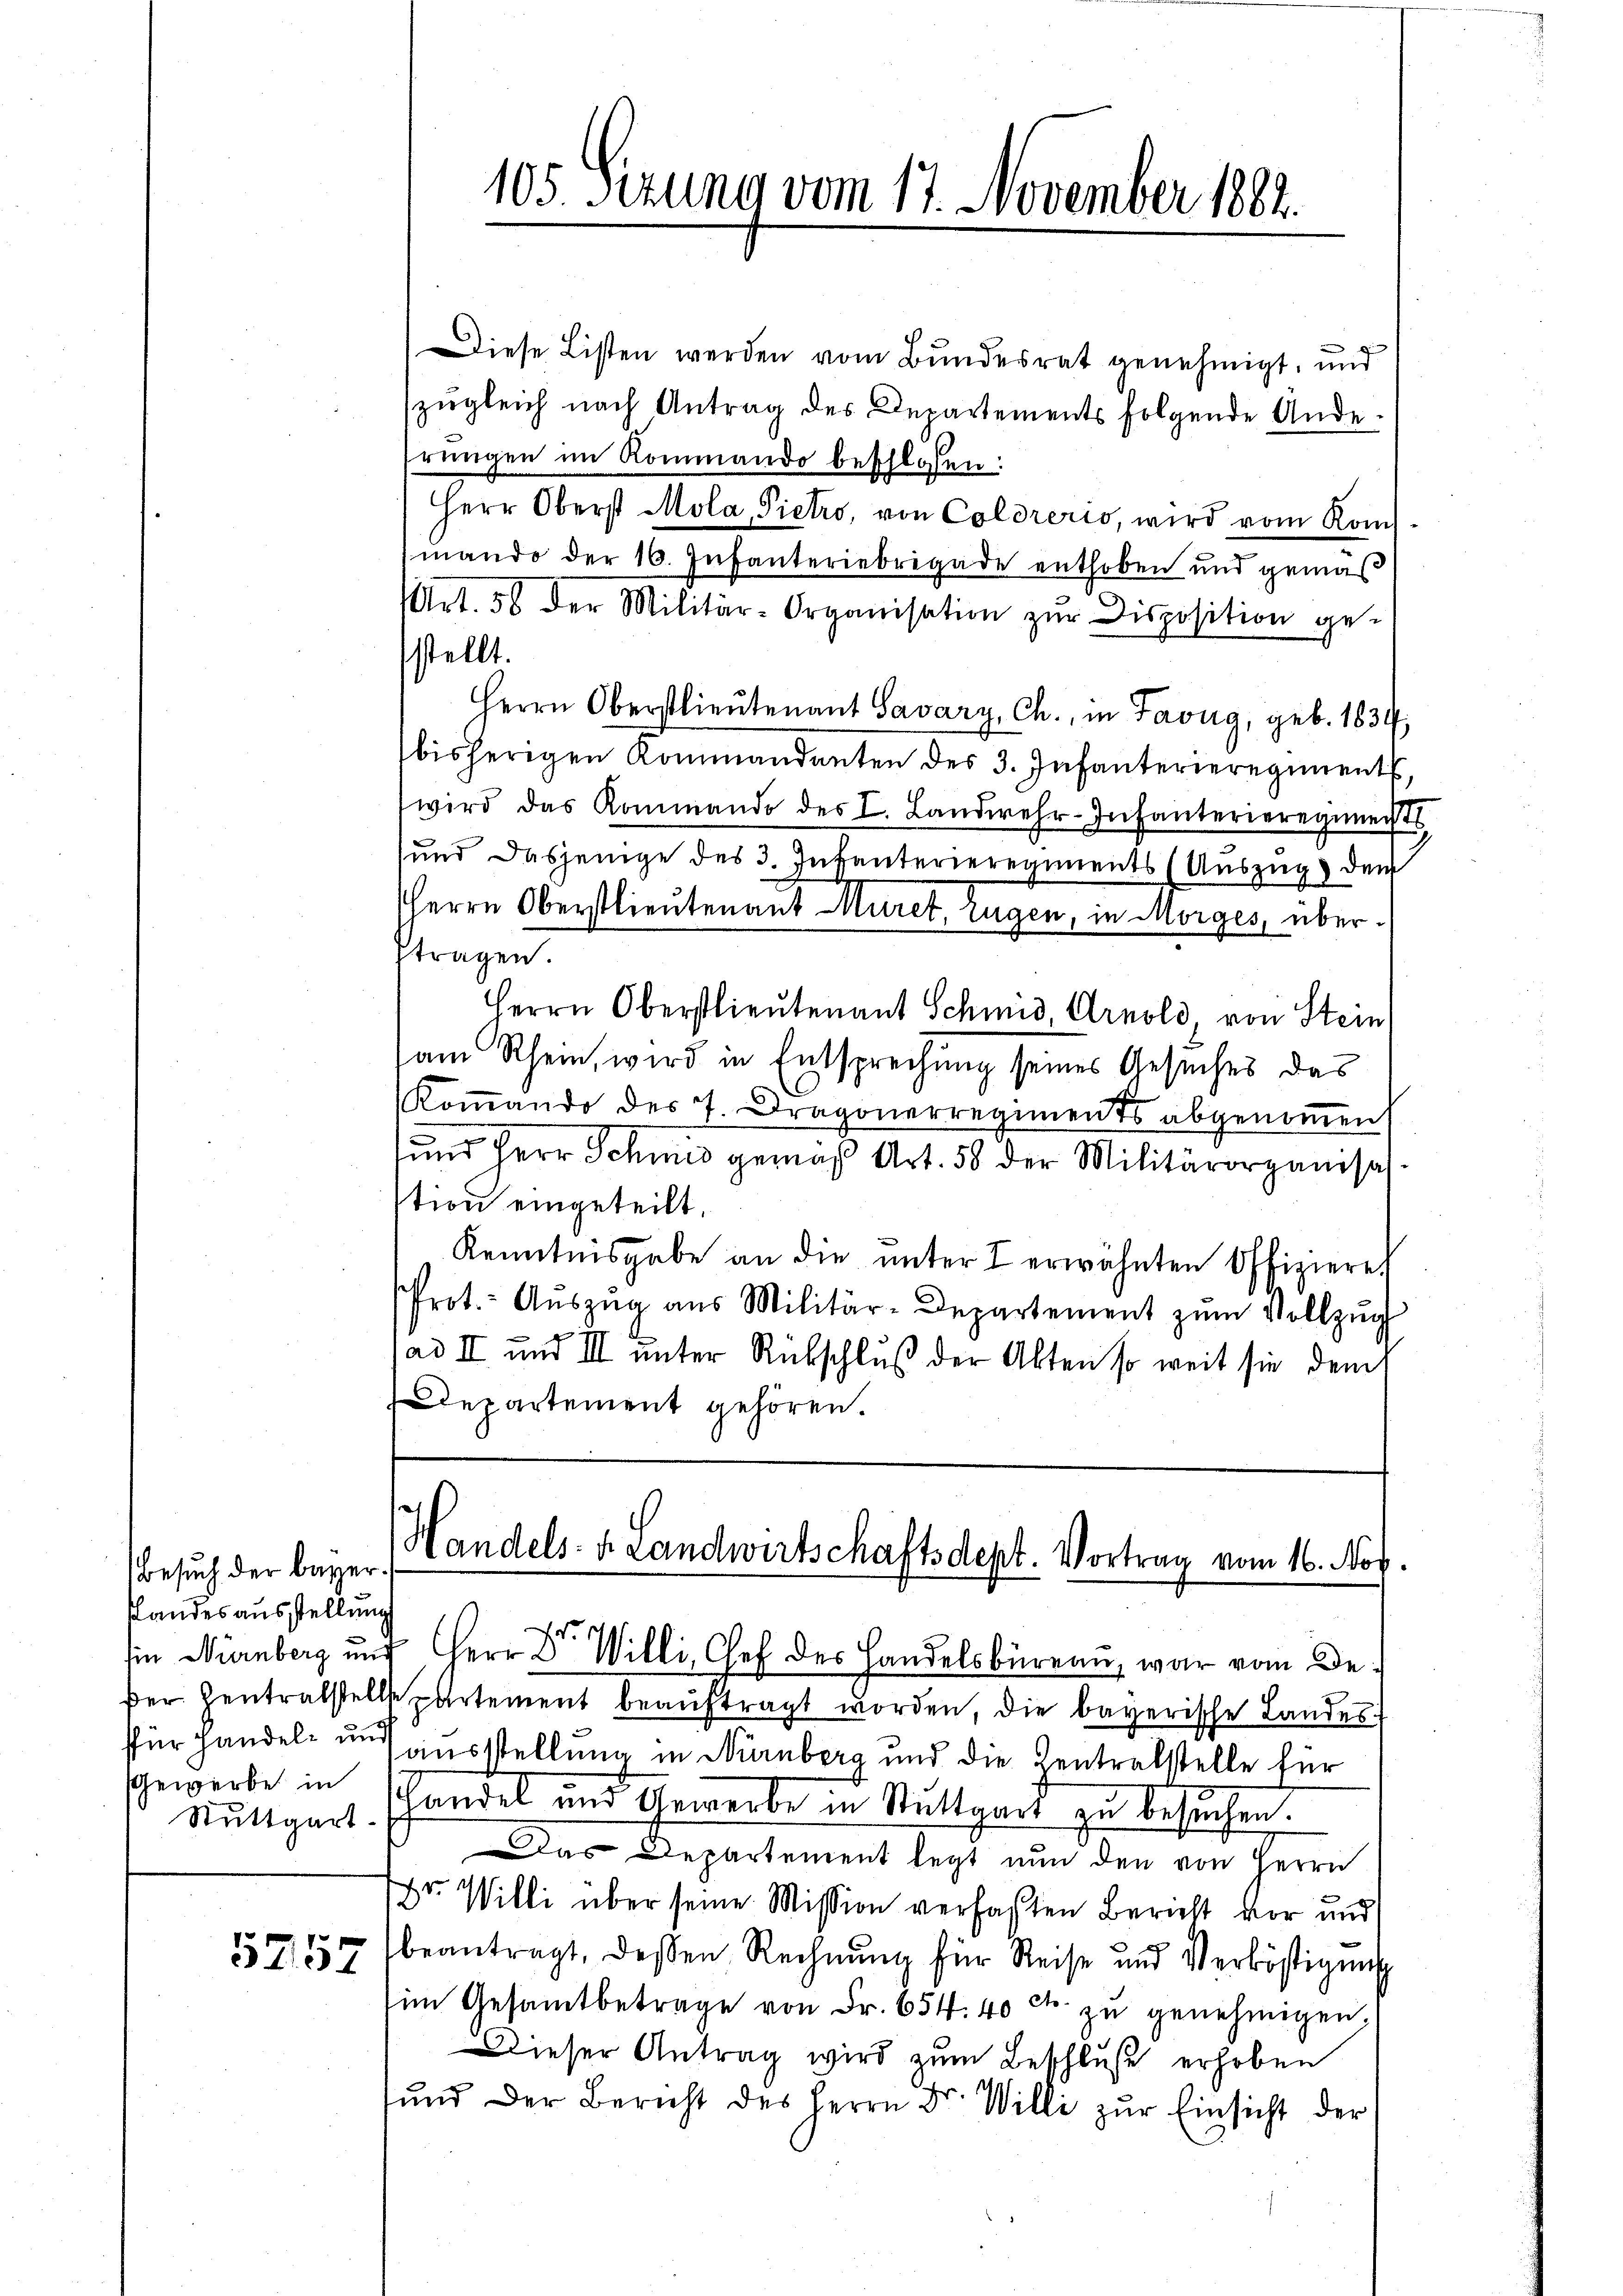
Besuch der bayer
standesausstellung
Gewerbe in

5757

(Diese Listen werden vom Bundesrat genehmigt, und
zŭgleich nach Antrag des Departements folgende Anderŭngen im Kommando beschlossen:
Herr Oberst Mola, Pietro, von Coldrerio, wird vom Kommando der 10. Infanteriebrigade enthoben und gemäß
Art. 56 der Militär-Organisation zur Disposition ge-
stellt.
Herrn Oberstlieutenant Savary, Ch., in Savig, geb. 1834,
bisherigen Kommandanten des 3. Infanterieregiments,
wird das Kommando des I. Landwehr-Infanterieregimechts
und dasjenige des 3. Infanterieregiments (Auszug dem
Herrn Oberstlieutenant Muret, Eugen, in Morges, überftragen.
Herrn Oberstlieutenant Schmid, Arnold, von Stein
am Rhein, wird in Entsprechung seines Gesuches das
Koṁando des 7. Dragonerregiments abgenoṁen
ŭnd Herr Schmid gemäß Art. 58 der Militärorganisa
tion eingeteilt.
Kenntnisgabe an die ŭnter I erwähnten Offiziere
Prot.- Aŭszŭg aŭs Militär-Departement zŭm Vollzŭg
ad II und III unter Rückschluß der Akten so weit sie dem
Departement gehören.

105. Sizung vom 17. November 1882.

Handels- u. Landwirtschaftsdept. Vortrag vom 16. Nov.
Ein Nürnberg und Herr Dr. Willi, Chef des Handelsbureau, war vom De¬

der Zentralstelle partement beaŭftragt worden, die bayerische Landes
für Handeln und ausstellung in Nürnberg und die Centralstelle für
Stuttgart. (Handel und Gewerbe in Stuttgart zu besuchen.
Das Departement legt nun den von Herrn
r Willi über seine Mission verfaßten Bericht vor und
beantragt, deßen Rechnung für Reise und Verköstigung
im Gesamtbetrage von Fr. 654. 40 ct. zu genehmigen.
Dieser Antrag wird zum Beschluße erhoben
sund der Bericht des Herrn Dr. Willi zŭr Einsicht der